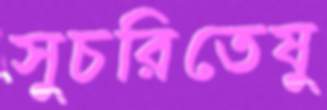
সুচরিতেষু